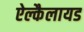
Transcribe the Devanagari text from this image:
ऐल्कैलायड